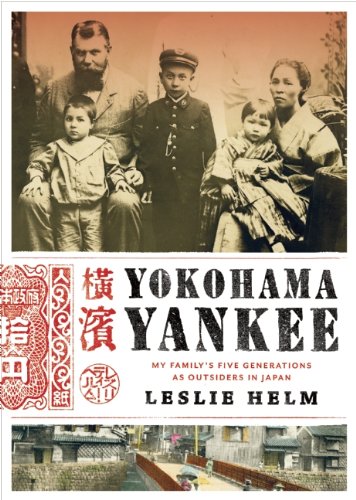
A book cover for Yokohama Yankee: My Family's Five Generations as Outsiders in Japan; Leslie Helm; Biographies & Memoirs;